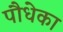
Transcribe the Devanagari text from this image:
पौधेका